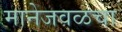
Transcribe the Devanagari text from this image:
मानेजवळचा